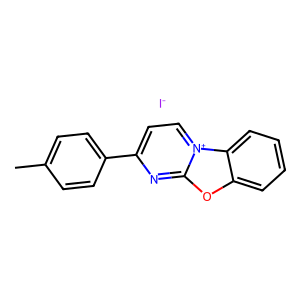
SMILES: Cc1ccc(-c2cc[n+]3c(n2)oc2ccccc23)cc1.[I-]
Inhibits HIV replication: No